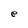
Character: e